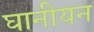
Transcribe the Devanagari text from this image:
घानीयन